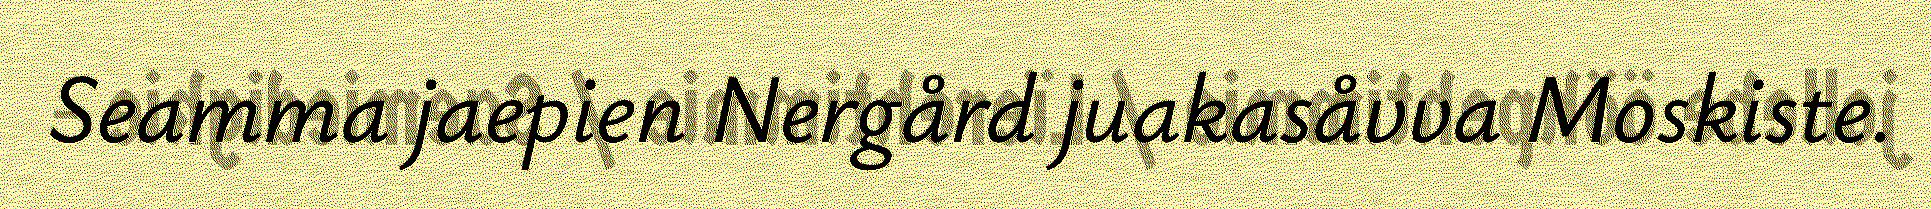
Seamma jaepien Nergård juakasåvva Moskiste.